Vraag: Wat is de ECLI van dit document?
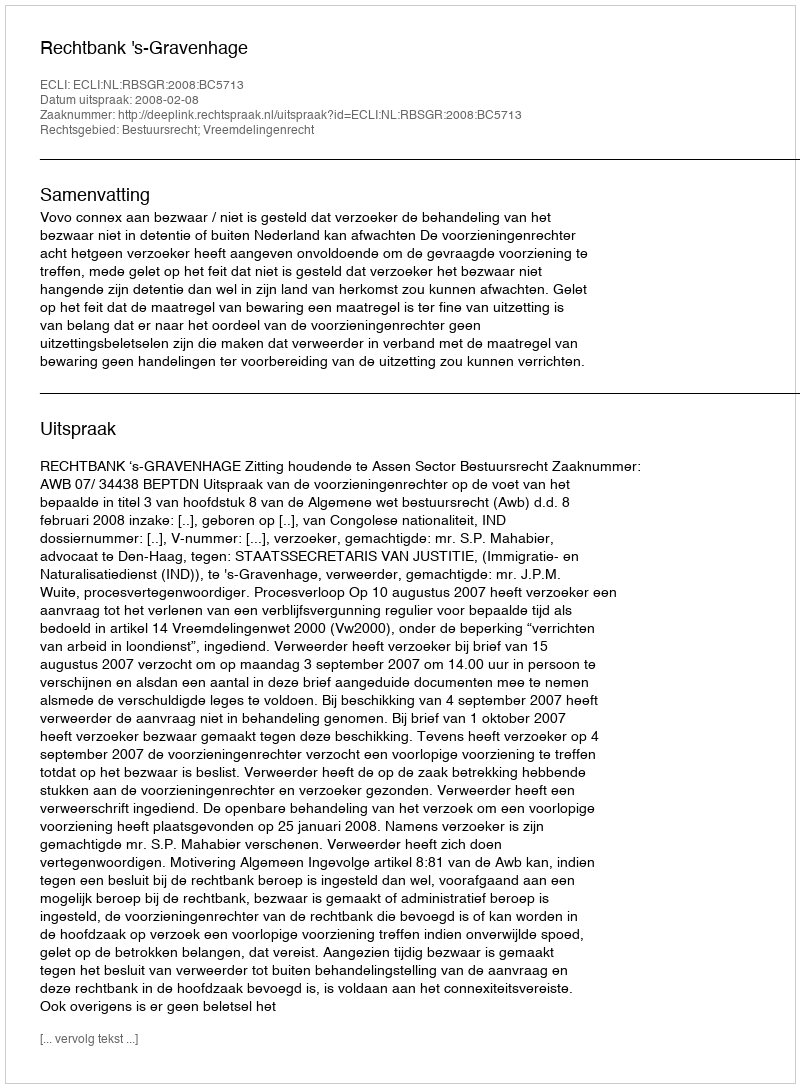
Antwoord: ECLI:NL:RBSGR:2008:BC5713